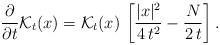
LaTeX: \begin{align*}\frac{\partial}{\partial t}\mathcal{K}_t(x)=\mathcal{K}_t(x)\,\left[\frac{|x|^2}{4\,t^2}-\frac{N}{2\,t}\right].\end{align*}